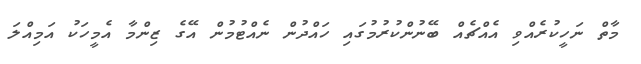
މާތް ނަހީކުރެއްވި އެއްޗެއް ބޭނުންކުރުމުގައި ހައްދުން ނެއްޓުމުން އޭގެ ޒިންމާ އެމީހަކު އަމިއްލަ